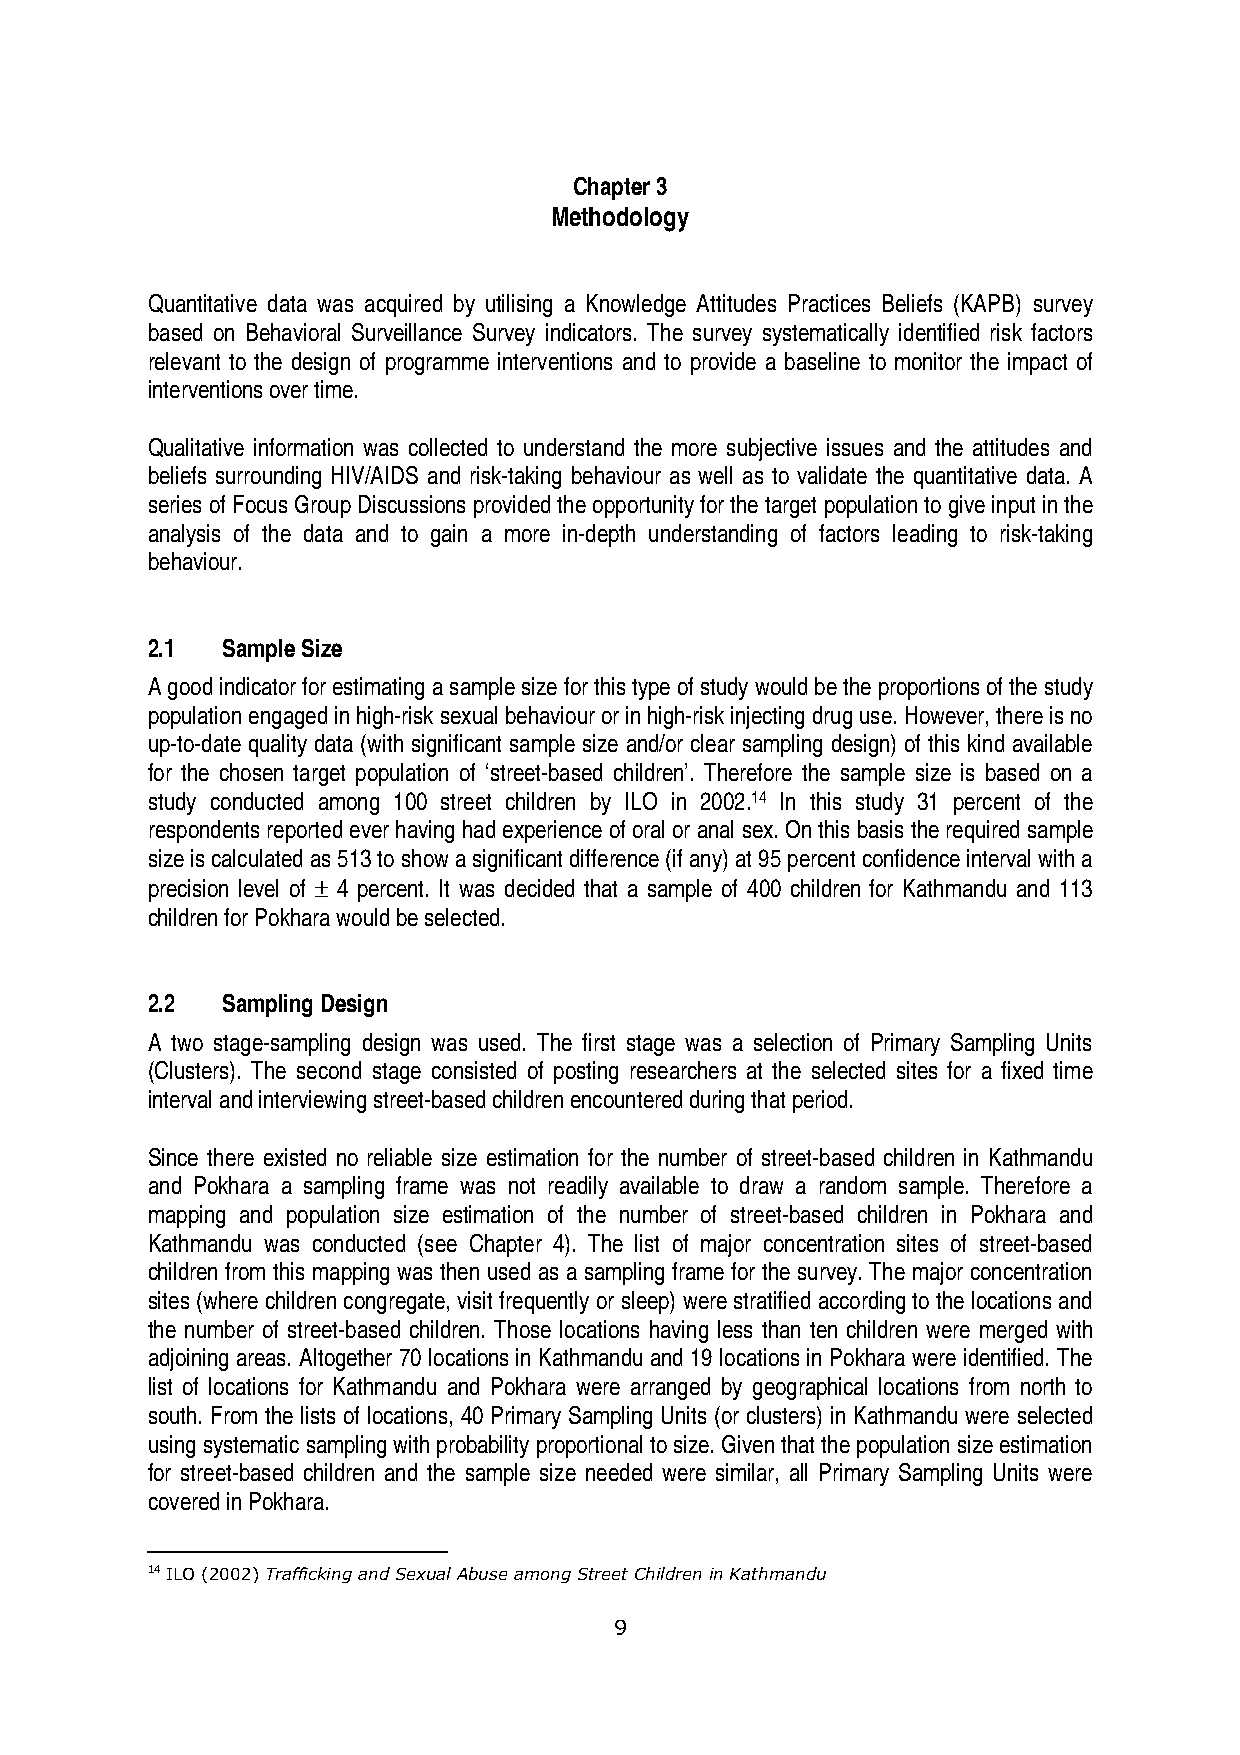
Chapter 3
 Methodology
 Quantitative data was acquired by utilising a Knowledge Attitudes Practices Beliefs (KAPB) survey
 based on Behavioral Surveillance Survey indicators. The survey systematically identified risk factors
 relevant to the design of programme interventions and to provide a baseline to monitor the impact of
 interventions over time.
 Qualitative information was collected to understand the more subjective issues and the attitudes and
 beliefs surrounding HIV/AIDS and risk-taking behaviour as well as to validate the quantitative data. A
 series of Focus Group Discussions provided the opportunity for the target population to give input in the
 analysis of the data and to gain a more in-depth understanding of factors leading to risk-taking
 behaviour.
 2.1  Sample Size
 A good indicator for estimating a sample size for this type of study would be the proportions of the study
 population engaged in high-risk sexual behaviour or in high-risk injecting drug use. However, there is no
 up-to-date quality data (with significant sample size and/or clear sampling design) of this kind available
 for the chosen target population of ‘street-based children’. Therefore the sample size is based on a
 study conducted among 100 street children by ILO in 2002.14 In this study 31 percent of the
 respondents reported ever having had experience of oral or anal sex. On this basis the required sample
 size is calculated as 513 to show a significant difference (if any) at 95 percent confidence interval with a
 precision level of ± 4 percent. It was decided that a sample of 400 children for Kathmandu and 113
 children for Pokhara would be selected.
 2.2  Sampling Design
 A two stage-sampling design was used. The first stage was a selection of Primary Sampling Units
 (Clusters). The second stage consisted of posting researchers at the selected sites for a fixed time
 interval and interviewing street-based children encountered during that period.
 Since there existed no reliable size estimation for the number of street-based children in Kathmandu
 and Pokhara a sampling frame was not readily available to draw a random sample. Therefore a
 mapping and population size estimation of the number of street-based children in Pokhara and
 Kathmandu was conducted (see Chapter 4). The list of major concentration sites of street-based
 children from this mapping was then used as a sampling frame for the survey. The major concentration
 sites (where children congregate, visit frequently or sleep) were stratified according to the locations and
 the number of street-based children. Those locations having less than ten children were merged with
 adjoining areas. Altogether 70 locations in Kathmandu and 19 locations in Pokhara were identified. The
 list of locations for Kathmandu and Pokhara were arranged by geographical locations from north to
 south. From the lists of locations, 40 Primary Sampling Units (or clusters) in Kathmandu were selected
 using systematic sampling with probability proportional to size. Given that the population size estimation
 for street-based children and the sample size needed were similar, all Primary Sampling Units were
 covered in Pokhara.
 14 ILO (2002) Trafficking and Sexual Abuse among Street Children in Kathmandu
 9